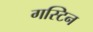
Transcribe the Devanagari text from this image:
गस्टिन